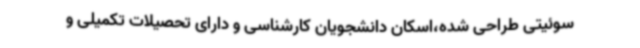
سوئیتی طراحی شده،اسکان دانشجویان کارشناسی و دارای تحصیلات تکمیلی و